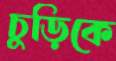
চুড়িকে